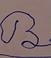
Signature authenticity: forged